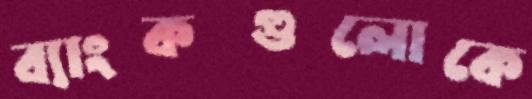
ব্যাংকগুলোকে